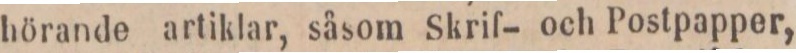
hörande artiklar, såsom Skrif- och Postpapper,